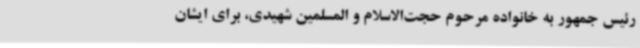
رئیس جمهور به خانواده مرحوم حجت‌الاسلام و المسلمین شهیدی، برای ایشان